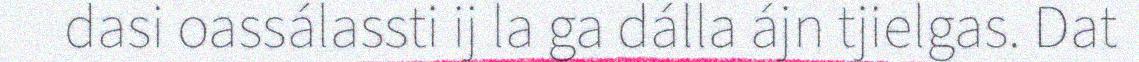
dasi oassálassti ij la ga dálla ájn tjielgas. Dat